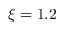
\xi = 1 . 2